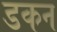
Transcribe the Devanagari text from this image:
डकन